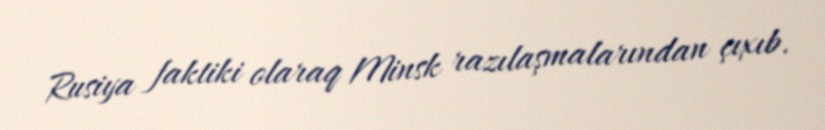
Rusiya faktiki olaraq Minsk razılaşmalarından çıxıb.